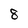
Character: 8